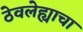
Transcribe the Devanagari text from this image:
ठेवलेह्याचा